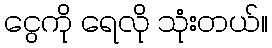
ငွေကို ရေလို သုံးတယ်။